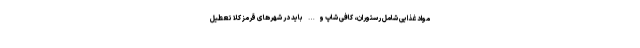
مواد غذایی شامل رستوران، کافی شاپ و… باید در شهرهای قرمز کلا تعطیل